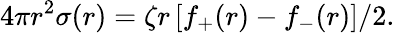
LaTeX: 4\pi r^{2}\sigma(r)=\zeta r\left[f_{+}(r)-f_{-}(r)\right]/2.